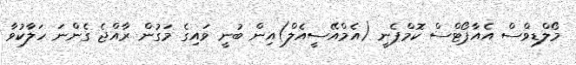
މޯލްޑިވްސް އެއާޕޯޓްސް ކޮމްޕެނީ (އެމްއޭސީއެލް)އިން ބުނީ ވައިގެ މަގުން ރާއްޖެ ގެންނަ ހަލާކުވާ